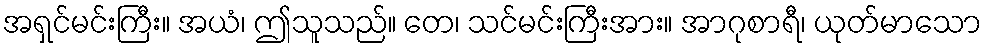
အရှင်မင်းကြီး။ အယံ၊ ဤသူသည်။ တေ၊ သင်မင်းကြီးအား။ အာဂုစာရီ၊ ယုတ်မာသော